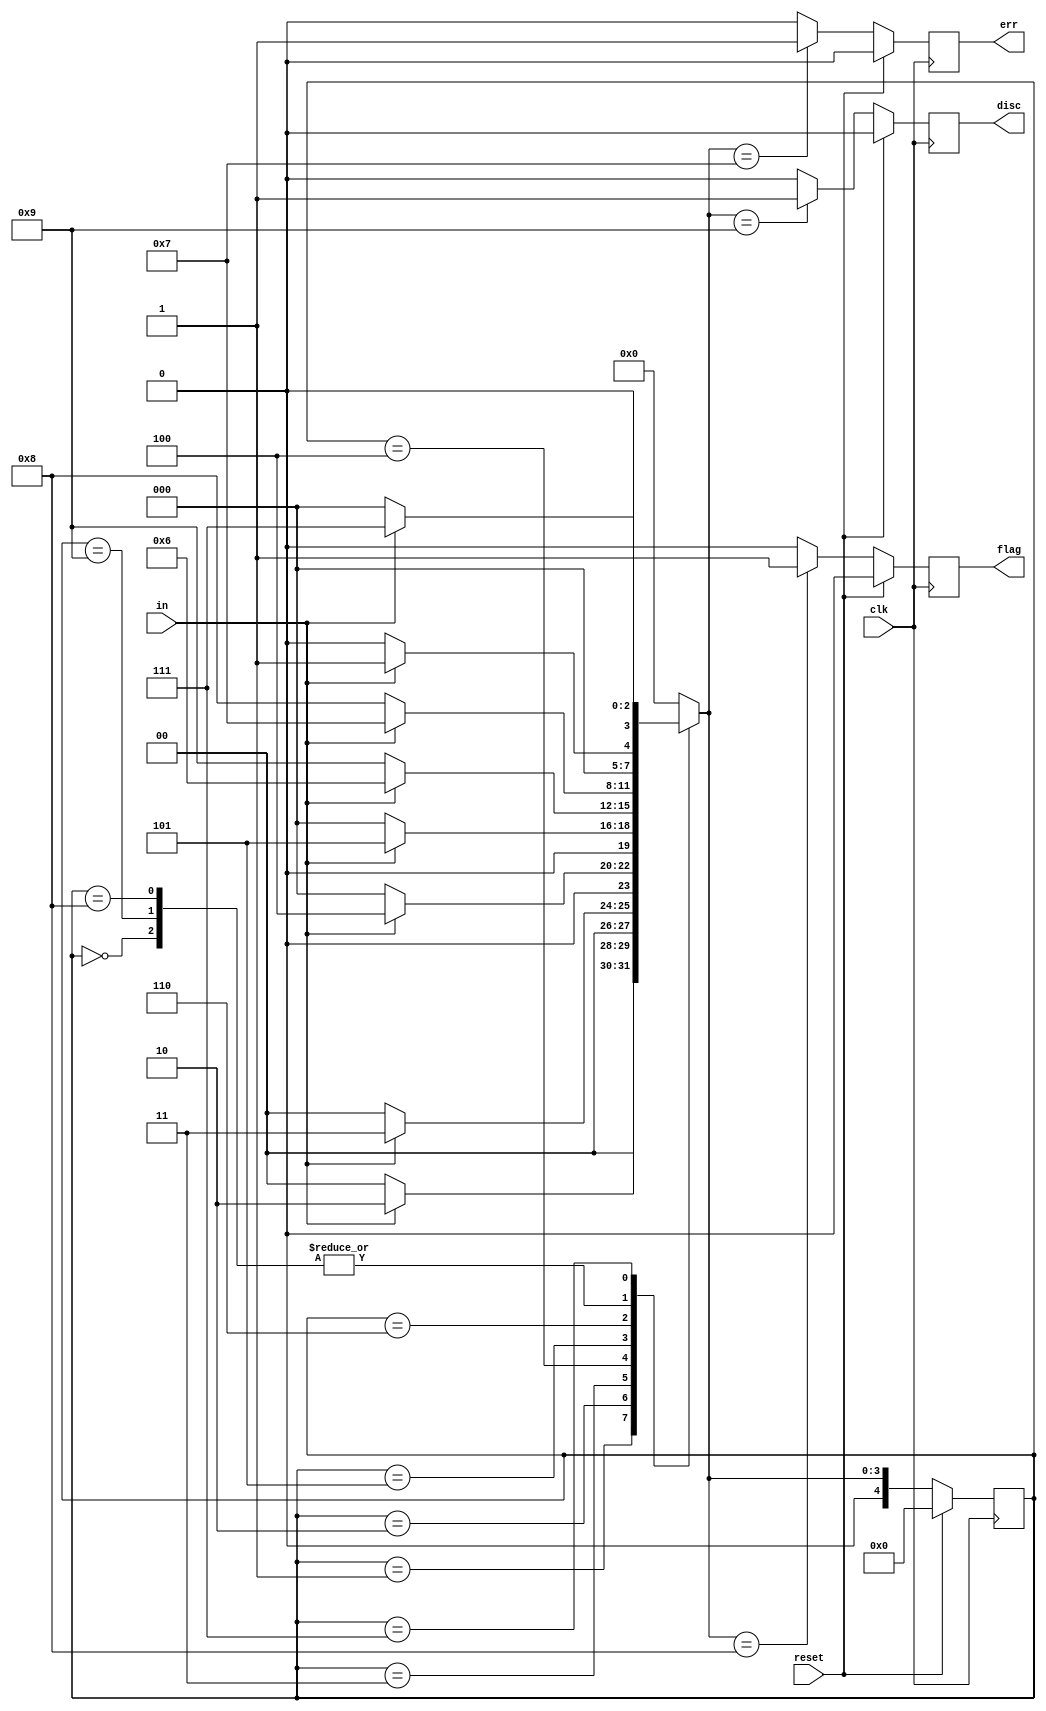
module top_module(
    input clk,
    input reset,    // Synchronous reset
    input in,
    output disc,
    output flag,
    output err);
    
    parameter none=4'd0, one = 4'd1, two = 4'd2, three = 4'd3;
    parameter four = 4'd4, five = 4'd5, six = 4'd6, error = 4'd7;
    parameter flag_frame=4'd8, discard=4'd9;
    
    reg [4:0]state;
    reg [4:0]next_state;
    
    /*State transition logic*/
    always @ (*)
        begin
            case(state)
                none: begin
                    next_state = (in == 1) ? one : none;
                end
                
                one: begin
                    next_state = (in == 1) ? two : none;
                end
                
                two: begin
                    next_state = (in == 1) ? three : none;
                end
                
                three: begin
                    next_state = (in == 1) ? four : none;
                end
                
                four: begin
                    next_state = (in == 1) ? five : none;
                end
                
                five: begin
                    next_state = (in == 1) ? six : discard;
                end
                
                six: begin
                    next_state = (in == 1) ? error : flag_frame;
                end
                
                discard: begin
                    next_state = (in == 1) ? one : none;
                end
                
                flag_frame: begin
                    next_state = (in == 1) ? one : none;
                end
                
                error: begin
                    next_state = (in == 1) ? error : none;
                end
                
                default: begin
                    next_state = none;
                end
            endcase
        end
    
    always @ (posedge clk)
        begin
            if (reset)
                state <= none;
            else
                state <= next_state;
        end
    
    always @ (posedge clk)
        begin
            if (reset)
                begin
                    disc <= 0;
                    flag <= 0;
                    err <= 0;
                end
            else begin
            case (next_state)
                error : begin
                    disc <= 0;
                    flag <= 0;
                    err <= 1;
                end
                
                flag_frame : begin
                    disc <= 0;
                    flag <= 1;
                    err <= 0;
                end
                
                discard : begin
                    disc <= 1;
                    flag <= 0;
                    err <= 0;
                end
                
                default : begin
                    disc <= 0;
                    flag <= 0;
                    err <= 0;
                end
            endcase
        end
        end

endmodule